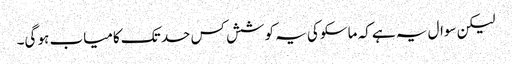
لیکن سوال یہ ہے کہ ماسکو کی یہ کوشش کس حد تک کامیاب ہو گی۔